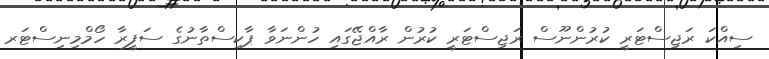
ސިއްކަ ރަޖިސްޓަރީ ކުރުންނޫސް ރަޖިސްޓަރީ ކުރުން ރާއްޖޭގައި ހުންނަވާ ޕާކިސްތާނުގެ ސަފީރާ ހޯމްމިނިސްޓަރ